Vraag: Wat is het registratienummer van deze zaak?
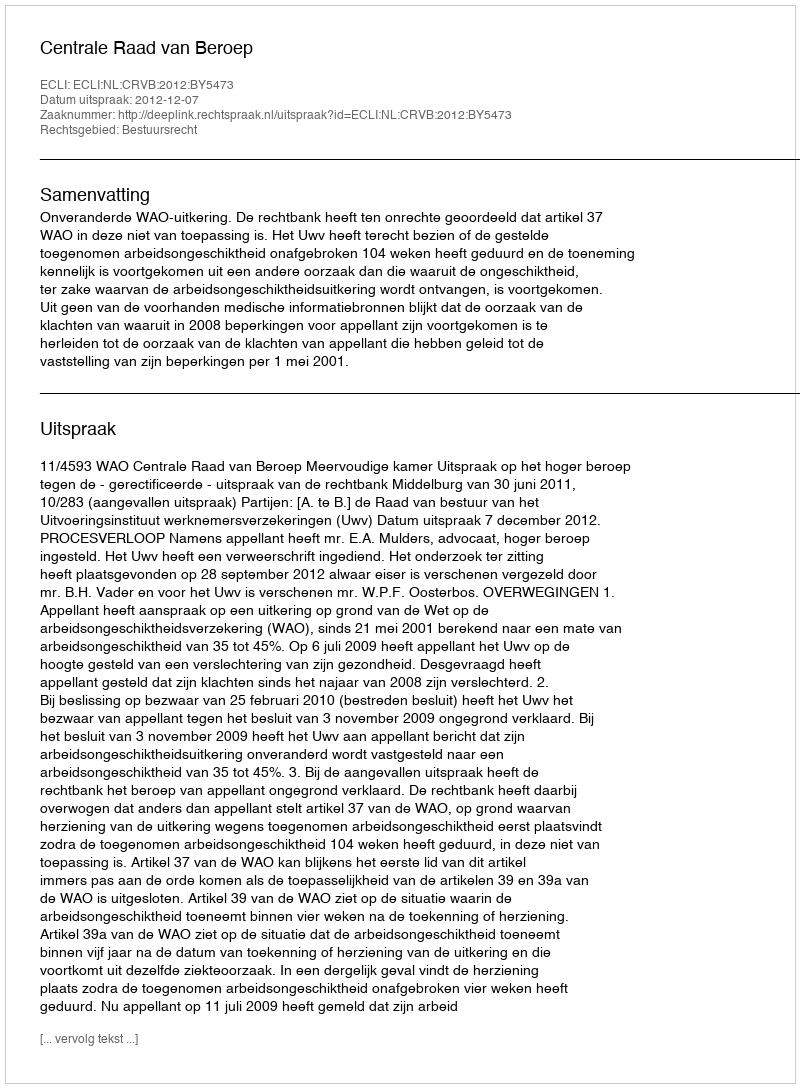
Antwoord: http://deeplink.rechtspraak.nl/uitspraak?id=ECLI:NL:CRVB:2012:BY5473